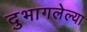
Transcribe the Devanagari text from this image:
दुभागलेल्या